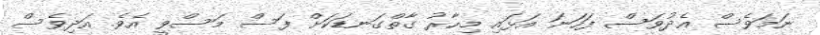
ނަމަވެސް އެދުވަސް ފަހަނަ އަޅައި މިހާރު ގާތްގަނޑަކަށް ފަސް މަސްވީ އެވެ. އަދިވެސް